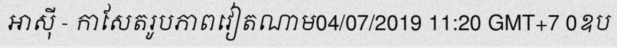
អាស៊ី - កាសែតរូបភាពវៀតណាម04/07/2019 11:20 GMT+7 0ឧប